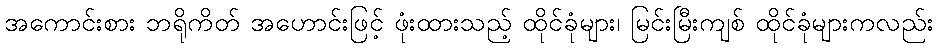
အကောင်းစား ဘရိုကိတ် အဟောင်းဖြင့် ဖုံးထားသည့် ထိုင်ခုံများ၊ မြင်းမြီးကျစ် ထိုင်ခုံများကလည်း